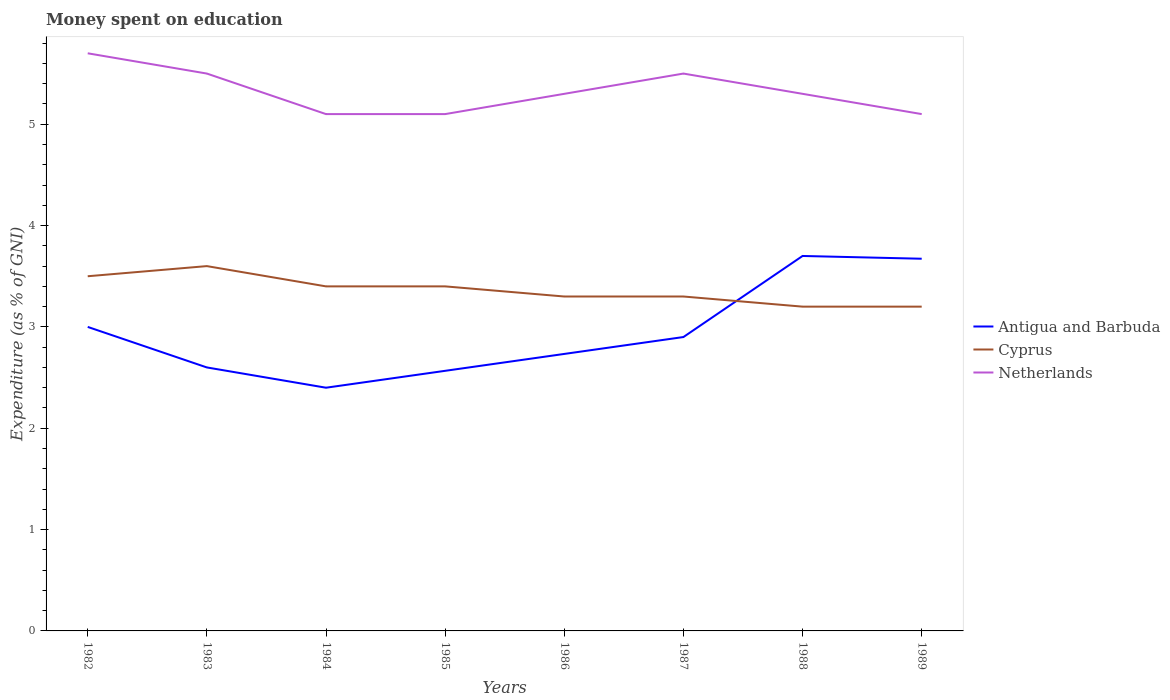
| Years | Antigua and Barbuda | Cyprus | Netherlands |
 | --- | --- | --- | --- |
 | 1982 | 3 | 3.5 | 5.7 |
 | 1983 | 2.6 | 3.6 | 5.5 |
 | 1984 | 2.4 | 3.4 | 5.1 |
 | 1985 | 2.57 | 3.4 | 5.1 |
 | 1986 | 2.73 | 3.3 | 5.3 |
 | 1987 | 2.9 | 3.3 | 5.5 |
 | 1988 | 3.7 | 3.2 | 5.3 |
 | 1989 | 3.67 | 3.2 | 5.1 |